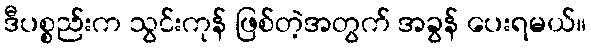
ဒီပစ္စည်းက သွင်းကုန် ဖြစ်တဲ့အတွက် အခွန် ပေးရမယ်။